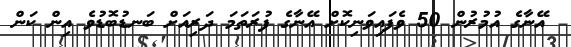
އޭނާގެ އުމުރުން 50 ވެފައިވަނިކޮށް އޭނާގެ ފުރަތަމަ ދަރިއަށް ބަނޑުބޮޑުވެ އިން ކަން